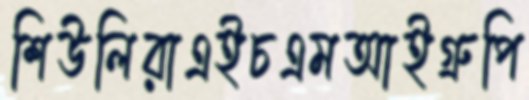
শিউলিরাএইচএমআইগ্রুপি